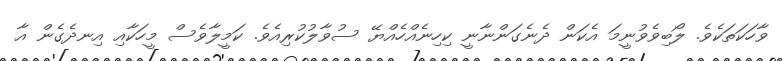
ވާހަކަތަކެވެ. ލޯބިވެވުނީމަ އެކަން ދެނެގަންނާނީ ކިހިނެއްހެއްޔޭ ސުވާލުކުރިއެވެ. ކަމީލާވެސް މީހަކާއި އިނދެގެން އާ